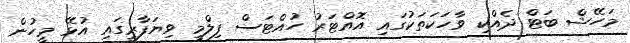
މަހޭޝް ބަޓް ދެއްކި ވާހަކަތަކުގައި އޮއްޓަރު ހުއްޓަސް ފިލްމީ ވިޔަފާރީގައި އުޅޭ މީހުން